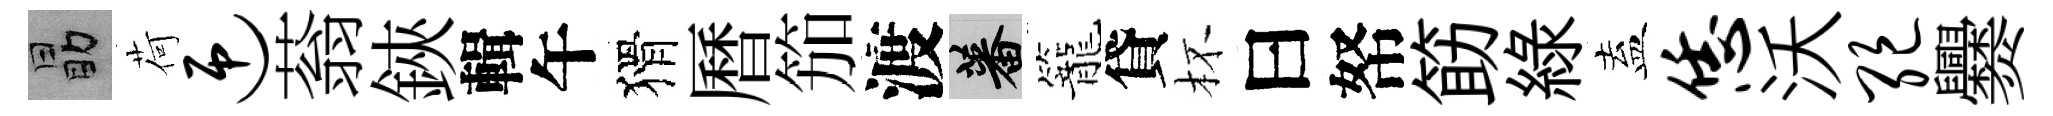
勗荷迎蓊鋏輯午猾曆笳渡蕃籠貸杯曰帑筯綠盍恁沃绝爨